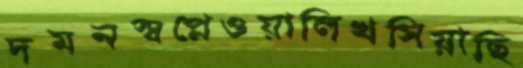
দমনস্বপ্নেওয়ালিখসিয়াছি